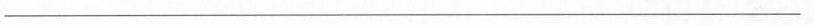
___